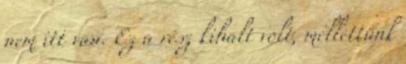
nem itt van. Ez a rész kihalt volt, mellettünk